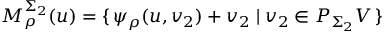
M _ { \rho } ^ { \Sigma _ { 2 } } ( u ) = \{ \, \psi _ { \rho } ( u , v _ { 2 } ) + v _ { 2 } \; | \; v _ { 2 } \in P _ { \Sigma _ { 2 } } V \, \}